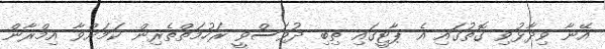
އޭނާ ވިދާޅުވި ގޮތުގައި އެ ޕާޓީގައި ތިބި ދުވަސްވީ ރަހުމަތްތެރިން ކަމަށްވާ އިމްރާން